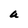
Character: a